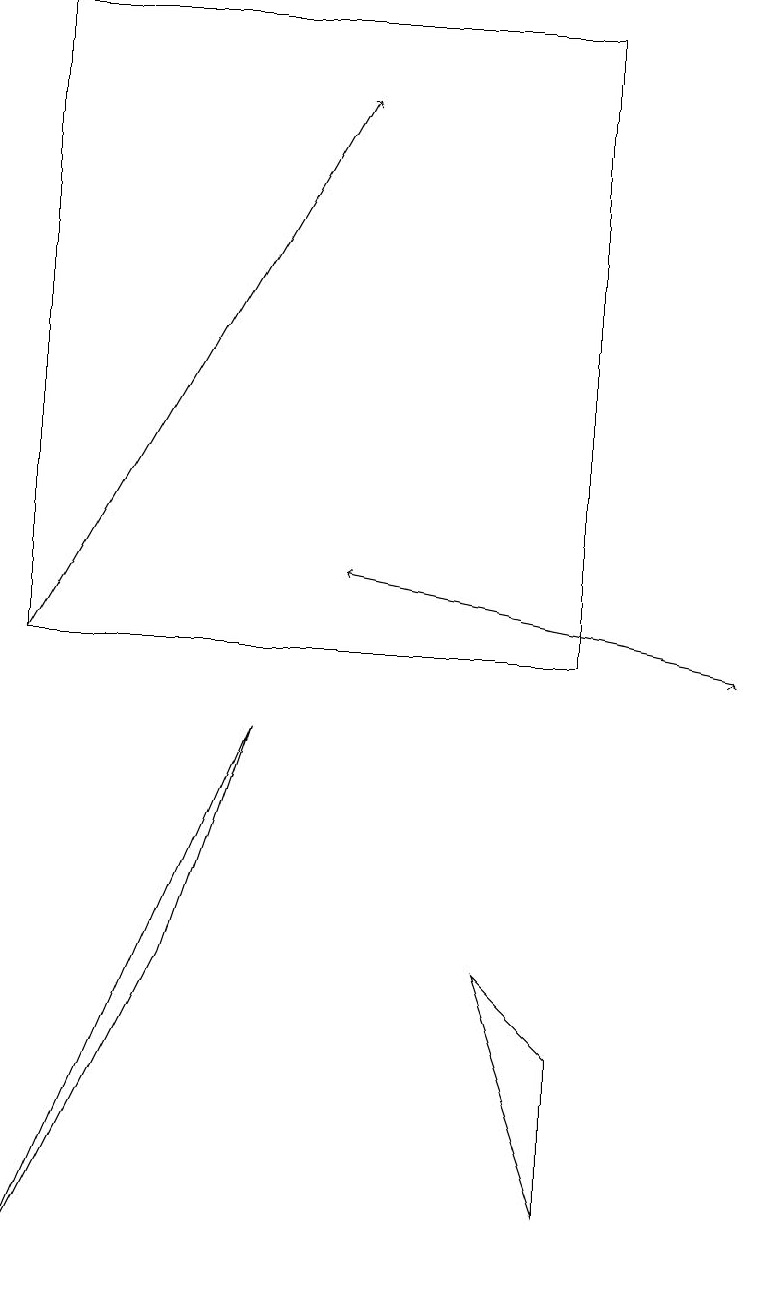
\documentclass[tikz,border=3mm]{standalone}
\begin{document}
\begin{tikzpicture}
\draw[->] (9,10) -- (9,10);
\draw[->] (9,10) -- (4,11);
\draw (3,9) -- (2,6) -- (0,2) -- cycle;
\draw (7,5) -- (7,3) -- (6,6) -- cycle;
\draw (7,10) rectangle (0,18);
\draw[->] (0,10) -- (4,17);
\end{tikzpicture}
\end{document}